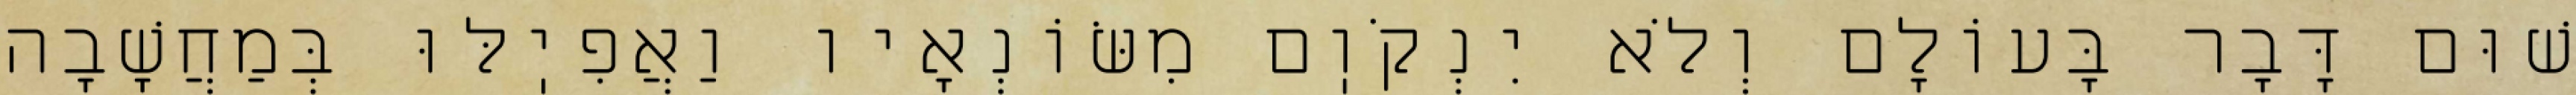
שׁוּם דָּבָר בָּעוֹלָם וְלֹא יִנְקֹוֽם מִשּׂוֹנְאָיו וַאֲפִיֽלּוּ בְּמַחֲשָׁבָה